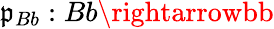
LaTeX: \mathfrak{p}_{Bb}:Bb\rightarrowbb